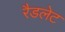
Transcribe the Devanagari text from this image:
रैडलेट